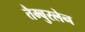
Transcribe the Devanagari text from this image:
तैम्बुरलेन